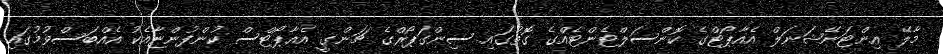
މާލޭ އިންޓަނޭޝަނަލް އެއާޕޯޓްގެ ކޮންސަލްޓެންޓެއްގެ ގޮތުގައި ސިންގަޕޯރްގެ ޗަންގީ އެއާޕޯޓްސް ކުންފުންޏާއެކު އެއްބަސްވުމުގައި